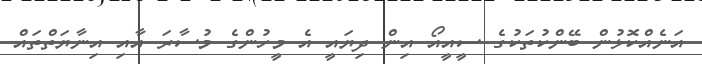
އަނެއްކޮޅުން ބޭންކުތަކުގެ ސީއީއޯ އިން ދިޔައީ އެ މީހުންގެ މުސާރަ އާއި އިނާޔަތްތައް